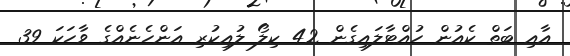
އާއި ބަތް ކެއުން ހުއްޓާލައިގެން 42 ކިލޯ ލުއިކުރި އަންހެނެއްގެ ވާހަކަ 39